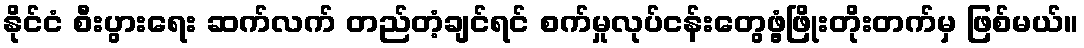
နိုင်ငံ စီးပွားရေး ဆက်လက် တည်တံ့ချင်ရင် စက်မှုလုပ်ငန်းတွေဖွံ့ဖြိုးတိုးတက်မှ ဖြစ်မယ်။